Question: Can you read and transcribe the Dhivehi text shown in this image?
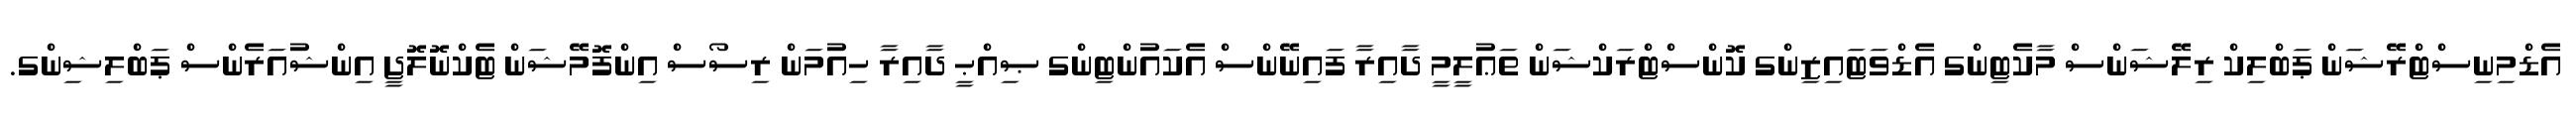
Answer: އެޑްމިނިސްޓްރޭޝަން ޕަބްލިކް ރިލޭޝަންސް މާކެޓިންގ އެޑްވަޓައިޒިންގ ކޮންސްޓްރަކްޝަން ތަޢުލީމީ ދާއިރާ ފައިނޭންސް އެކައުންޓިންގ ޞިއްޙީ ދާއިރާ ހިއުމަން ރިސޯސް އިންފޮމޭޝަން ޓެކްނޮލޮޖީ އިންޝުއަރެންސް ޕަބްލިޝިންގ.